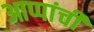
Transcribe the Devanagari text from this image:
आप्पांची